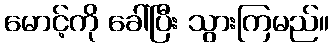
မောင့်ကို ခေါ်ပြီး သွားကြမည်။